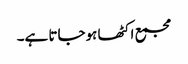
مجمع اکٹھا ہوجاتا ہے۔